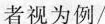
者视为例/